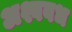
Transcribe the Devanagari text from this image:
अश्ववध